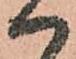
ハ